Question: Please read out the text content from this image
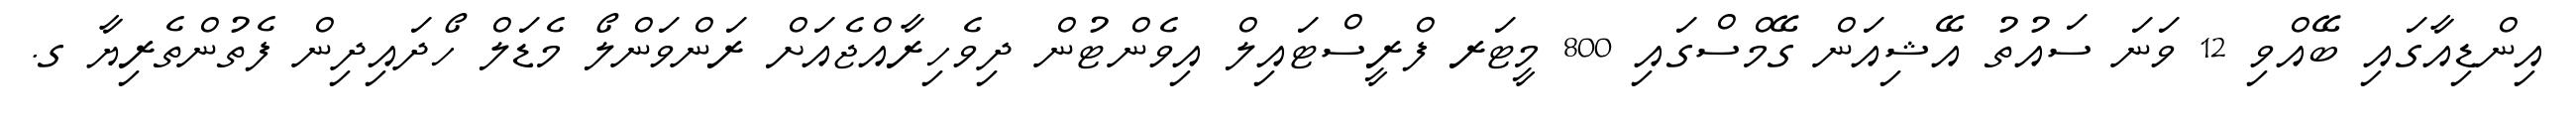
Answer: އިންޑިއާގައި ބޭއްވި 12 ވަނަ ސައުތު އޭޝިއަން ގޭމްސްގައި 800 މީޓަރ ފްރީސްޓައިލް އިވެންޓުން ދިވެހިރާއްޖެއަށް ރަންވަންލޯ މެޑަލް ހޯދައިދިން ފެތުންތެރިޔާ ގ.